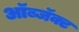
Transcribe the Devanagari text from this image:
ऑब्जॅक्ट